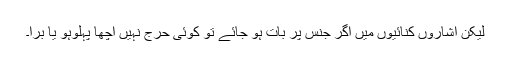
لیکن اشاروں کنائیوں میں اگر جنس پر بات ہو جائے تو کوئی حرج نہیں اچھا پہلوہو یا برا۔